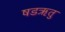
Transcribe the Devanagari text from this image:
षडऋतु